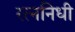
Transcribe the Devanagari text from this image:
रत्‍ननिधी